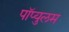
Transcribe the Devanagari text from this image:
पॉप्युलम